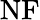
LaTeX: \mathrm{NF}